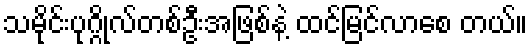
သမိုင်းပုဂ္ဂိုလ်တစ်ဦးအဖြစ်နဲ့ ထင်မြင်လာစေ တယ်။